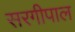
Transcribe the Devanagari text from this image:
सरगीपाल